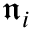
{ \bf \mathfrak { n } } _ { i }